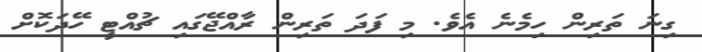
ގިނަ ތަރިން ހިމެނެ އެވެ. މި ފަދަ ތަރިން ރާއްޖޭގައި ޗުއްޓީ ހޭދަކޮށް